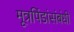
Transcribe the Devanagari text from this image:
मूत्रपिंडांसंबंधी